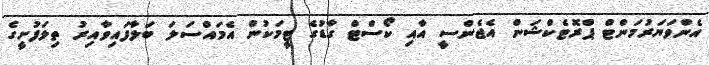
އެންވަޔަރުމަންޓް ޕްރޮޓެކްޝަން އެޖެންސީ އާއި ކޯސްޓް ގާޑުގެ ޓީމަކުން އެމައްސަލަ ބަލާފައިވާއިރު ތިލަފުށީގެ